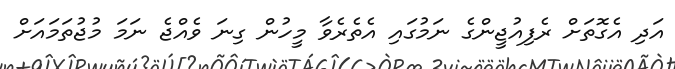
އަދި އެގޮތަށް ރެފިއުޖީންގެ ނަމުގައި އެތެރެވާ މީހުން ގިނަ ވެއްޖެ ނަމަ މުޖުތަމައަށް